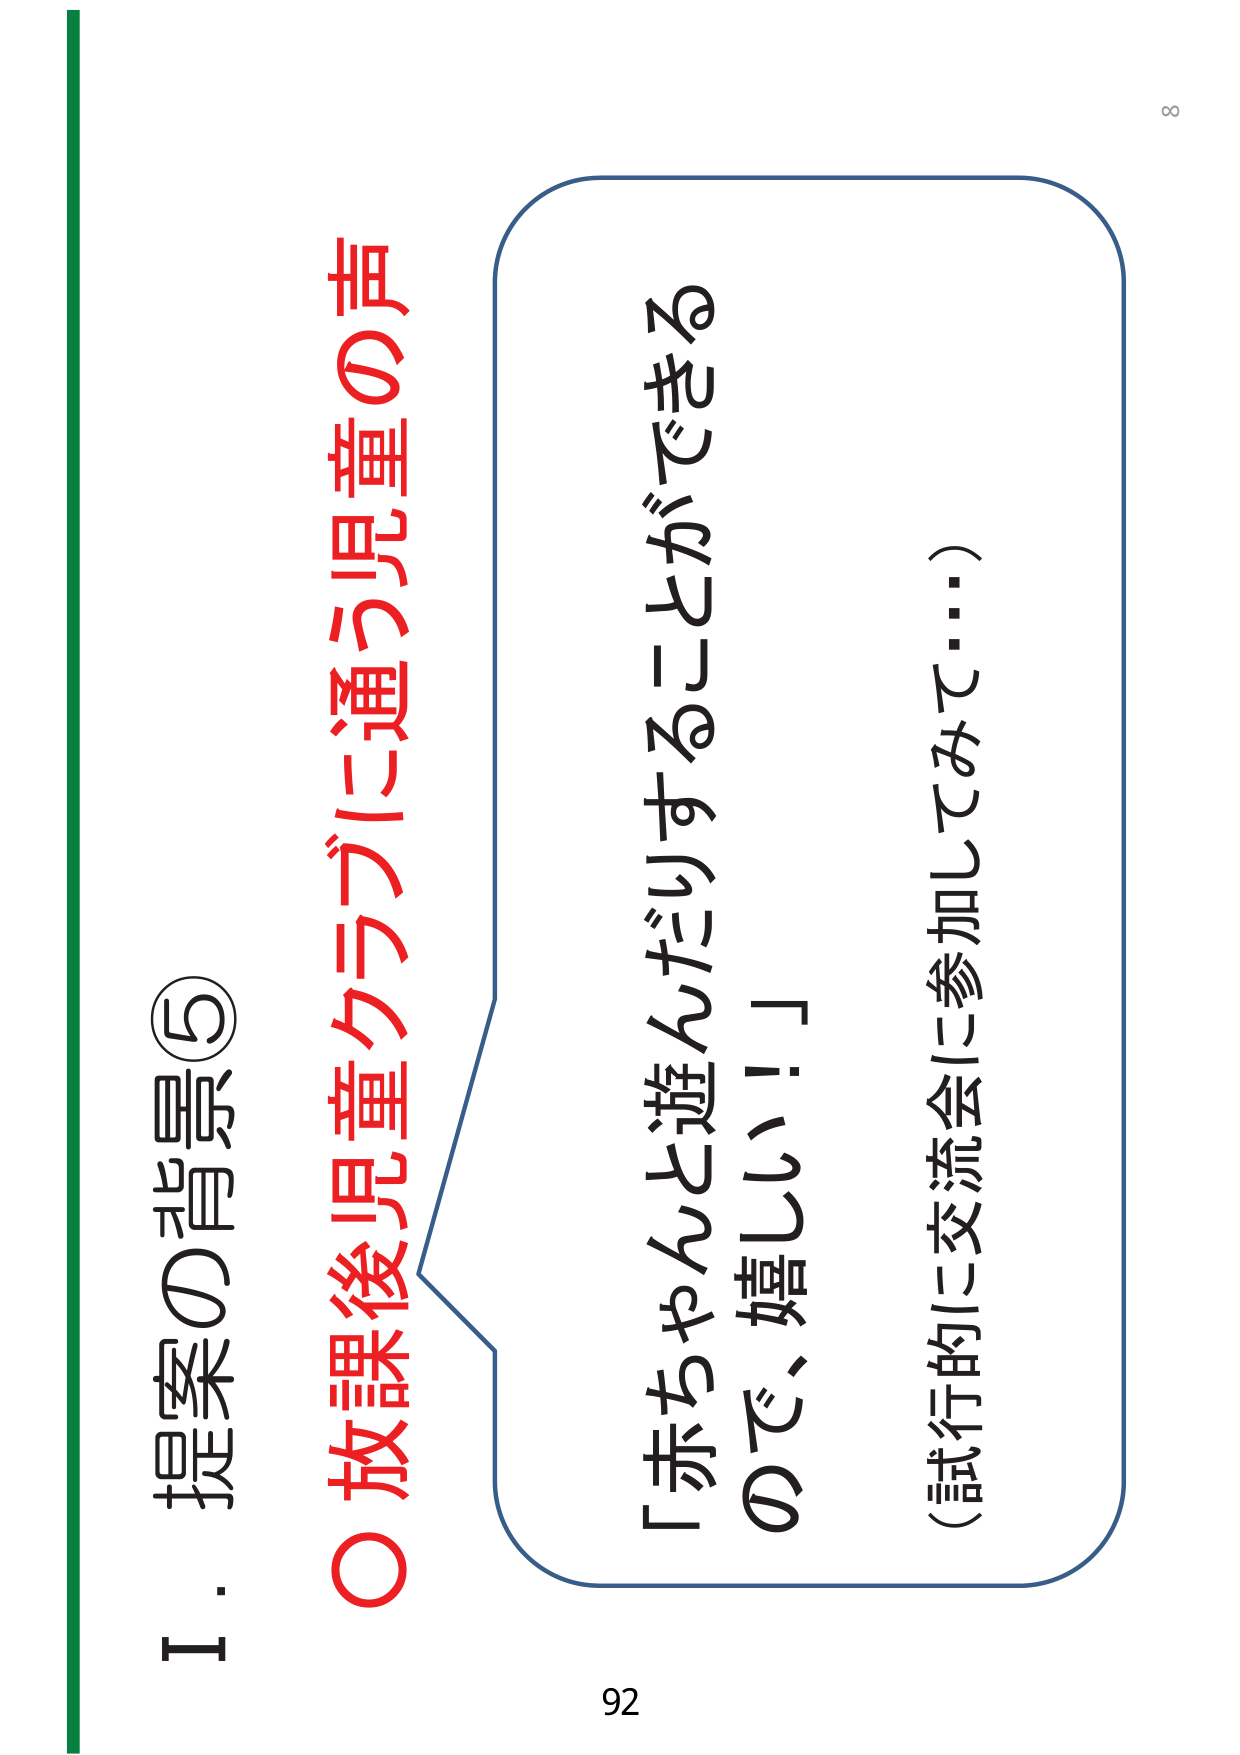
Ⅰ．提案の背景⑤
○ 放課後児童クラブに通う児童の声
「赤ちゃんと遊んだりすることができる
ので、嬉しい！」
（試行的に交流会に参加してみて…）
92